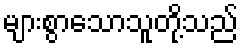
များစွာသောသူတို့သည်